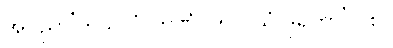
အပုညာ’ကုသလံ ကဏှံ၊ ကလုသံ ဒုရိတာ’ဂု စ။